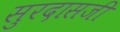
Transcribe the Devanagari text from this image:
सुरदासजी